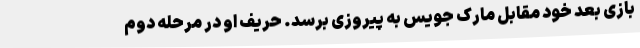
بازی بعد خود مقابل مارک جویس به پیروزی برسد. حریف او در مرحله دوم